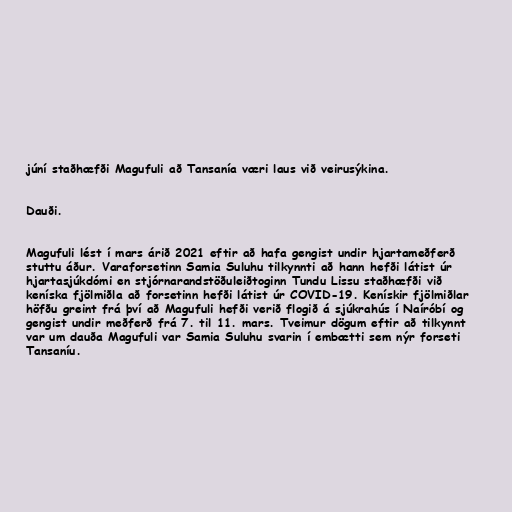
júní staðhæfði Magufuli að Tansanía væri laus við veirusýkina.

Dauði.

Magufuli lést í mars árið 2021 eftir að hafa gengist undir hjartameðferð
stuttu áður. Varaforsetinn Samia Suluhu tilkynnti að hann hefði látist úr
hjartasjúkdómi en stjórnarandstöðuleiðtoginn Tundu Lissu staðhæfði við
keníska fjölmiðla að forsetinn hefði látist úr COVID-19. Kenískir fjölmiðlar
höfðu greint frá því að Magufuli hefði verið flogið á sjúkrahús í Naíróbí og
gengist undir meðferð frá 7. til 11. mars. Tveimur dögum eftir að tilkynnt
var um dauða Magufuli var Samia Suluhu svarin í embætti sem nýr forseti
Tansaníu.